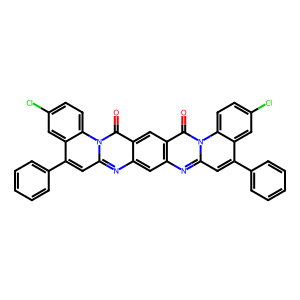
SMILES: O=c1c2cc3c(=O)n4c(cc(-c5ccccc5)c5cc(Cl)ccc54)nc3cc2nc2cc(-c3ccccc3)c3cc(Cl)ccc3n12
Inhibits HIV replication: No